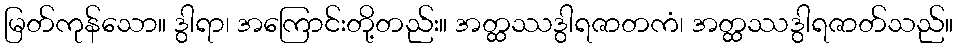
မြတ်ကုန်သော။ ဒွါရာ၊ အကြောင်းတို့တည်း။ အတ္ထဿဒွါရဇာတကံ၊ အတ္ထဿဒွါရဇာတ်သည်။